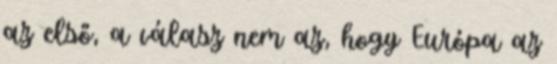
az első, a válasz nem az, hogy Európa az